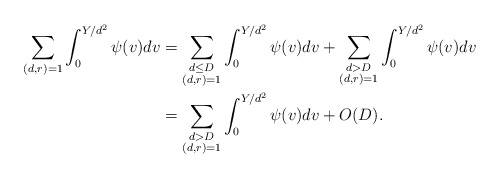
\begin{align*}\sum_{(d,r)=1}\int_{0}^{Y/d^2}\psi(v)dv&=\sum_{\substack{d\leq D\\(d,r)=1}}\int_{0}^{Y/d^2}\psi(v)dv+\sum_{\substack{d> D\\(d,r)=1}}\int_{0}^{Y/d^2}\psi(v)dv\\&=\sum_{\substack{d> D\\(d,r)=1}}\int_{0}^{Y/d^2}\psi(v)dv+O(D).\end{align*}